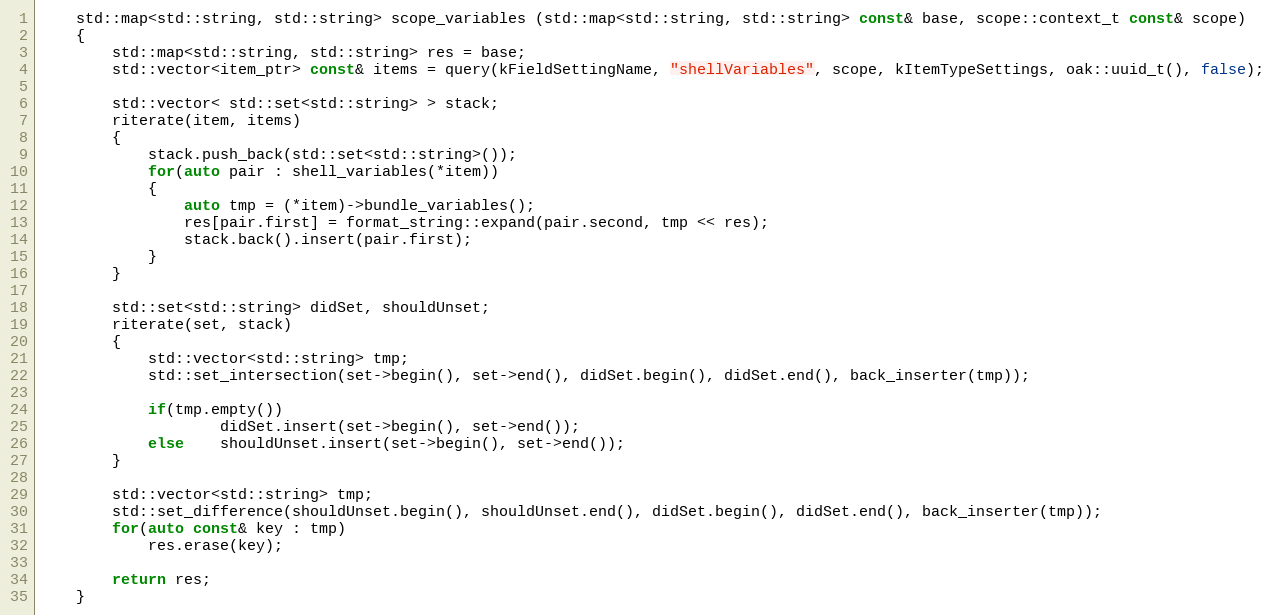
Language: C++
	std::map<std::string, std::string> scope_variables (std::map<std::string, std::string> const& base, scope::context_t const& scope)
	{
		std::map<std::string, std::string> res = base;
		std::vector<item_ptr> const& items = query(kFieldSettingName, "shellVariables", scope, kItemTypeSettings, oak::uuid_t(), false);

		std::vector< std::set<std::string> > stack;
		riterate(item, items)
		{
			stack.push_back(std::set<std::string>());
			for(auto pair : shell_variables(*item))
			{
				auto tmp = (*item)->bundle_variables();
				res[pair.first] = format_string::expand(pair.second, tmp << res);
				stack.back().insert(pair.first);
			}
		}

		std::set<std::string> didSet, shouldUnset;
		riterate(set, stack)
		{
			std::vector<std::string> tmp;
			std::set_intersection(set->begin(), set->end(), didSet.begin(), didSet.end(), back_inserter(tmp));

			if(tmp.empty())
					didSet.insert(set->begin(), set->end());
			else	shouldUnset.insert(set->begin(), set->end());
		}

		std::vector<std::string> tmp;
		std::set_difference(shouldUnset.begin(), shouldUnset.end(), didSet.begin(), didSet.end(), back_inserter(tmp));
		for(auto const& key : tmp)
			res.erase(key);

		return res;
	}